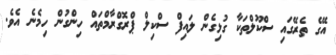
އޭގެ ތެރޭގައި ސްކޫލްތަކާ ގުޅިގެން ލައިފް ސްކިލް ޕްރޮގްރާމްތައް ހިންގުން ހިމެނެ އެވެ.